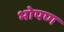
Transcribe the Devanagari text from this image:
भोपण